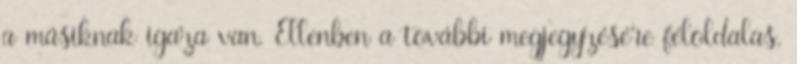
a másiknak igaza van. Ellenben a további megjegyzésére féloldalas,